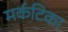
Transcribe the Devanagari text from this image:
मर्कटिका